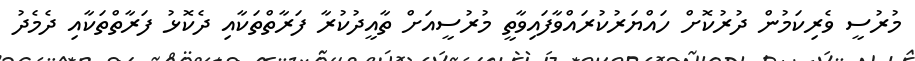
މުރުސީ ވެރިކަމުން ދުރުކޮށް ހައްޔަރުކުރައްވާފައިވާތީ މުރުސީއަށް ތާއީދުކުރާ ފަރާތްތަކާއި ދެކޮޅު ފަރާތްތަކާއި ދެމެދު